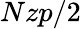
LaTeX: Nzp/2